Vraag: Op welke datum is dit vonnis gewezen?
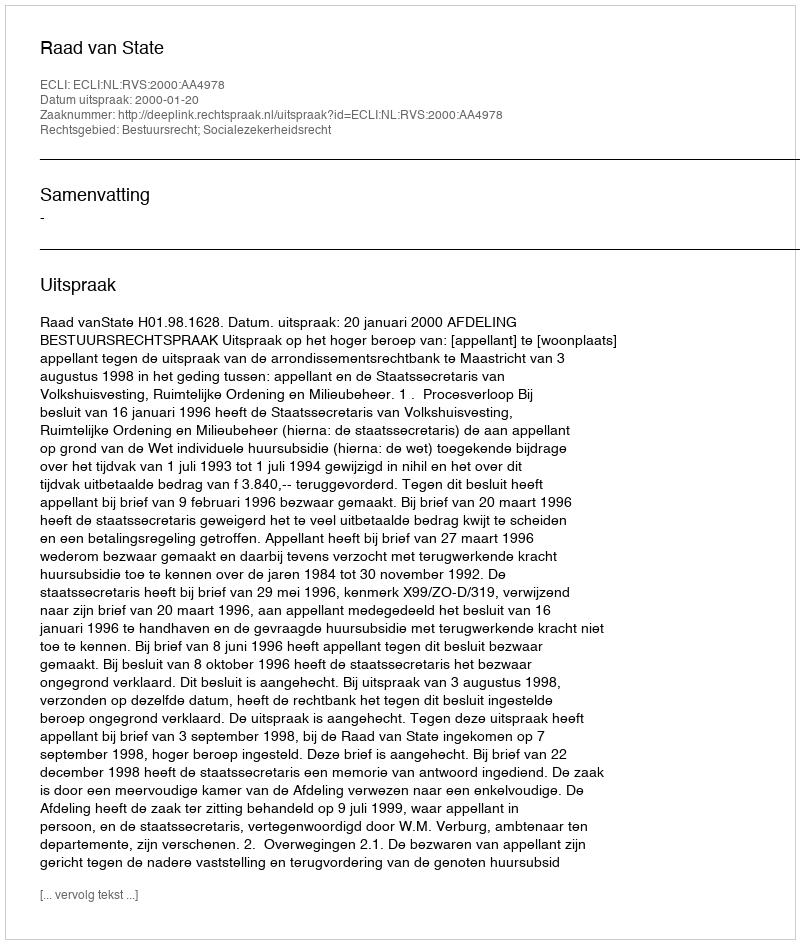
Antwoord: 2000-01-20